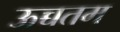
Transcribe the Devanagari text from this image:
ऊच्चतम